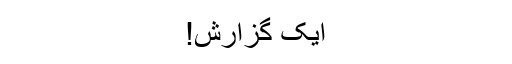
ایک گزارش!